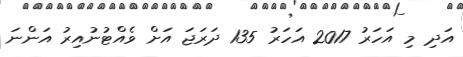
އަދި މި އަހަރު 2017 އަހަރު 135 ދަރަޖަ އަށް ވެއްޓުނުއިރު އަންނަ